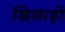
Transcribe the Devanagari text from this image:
खिलाड़ी